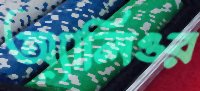
অ্যালিওর